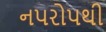
નપરોપથી